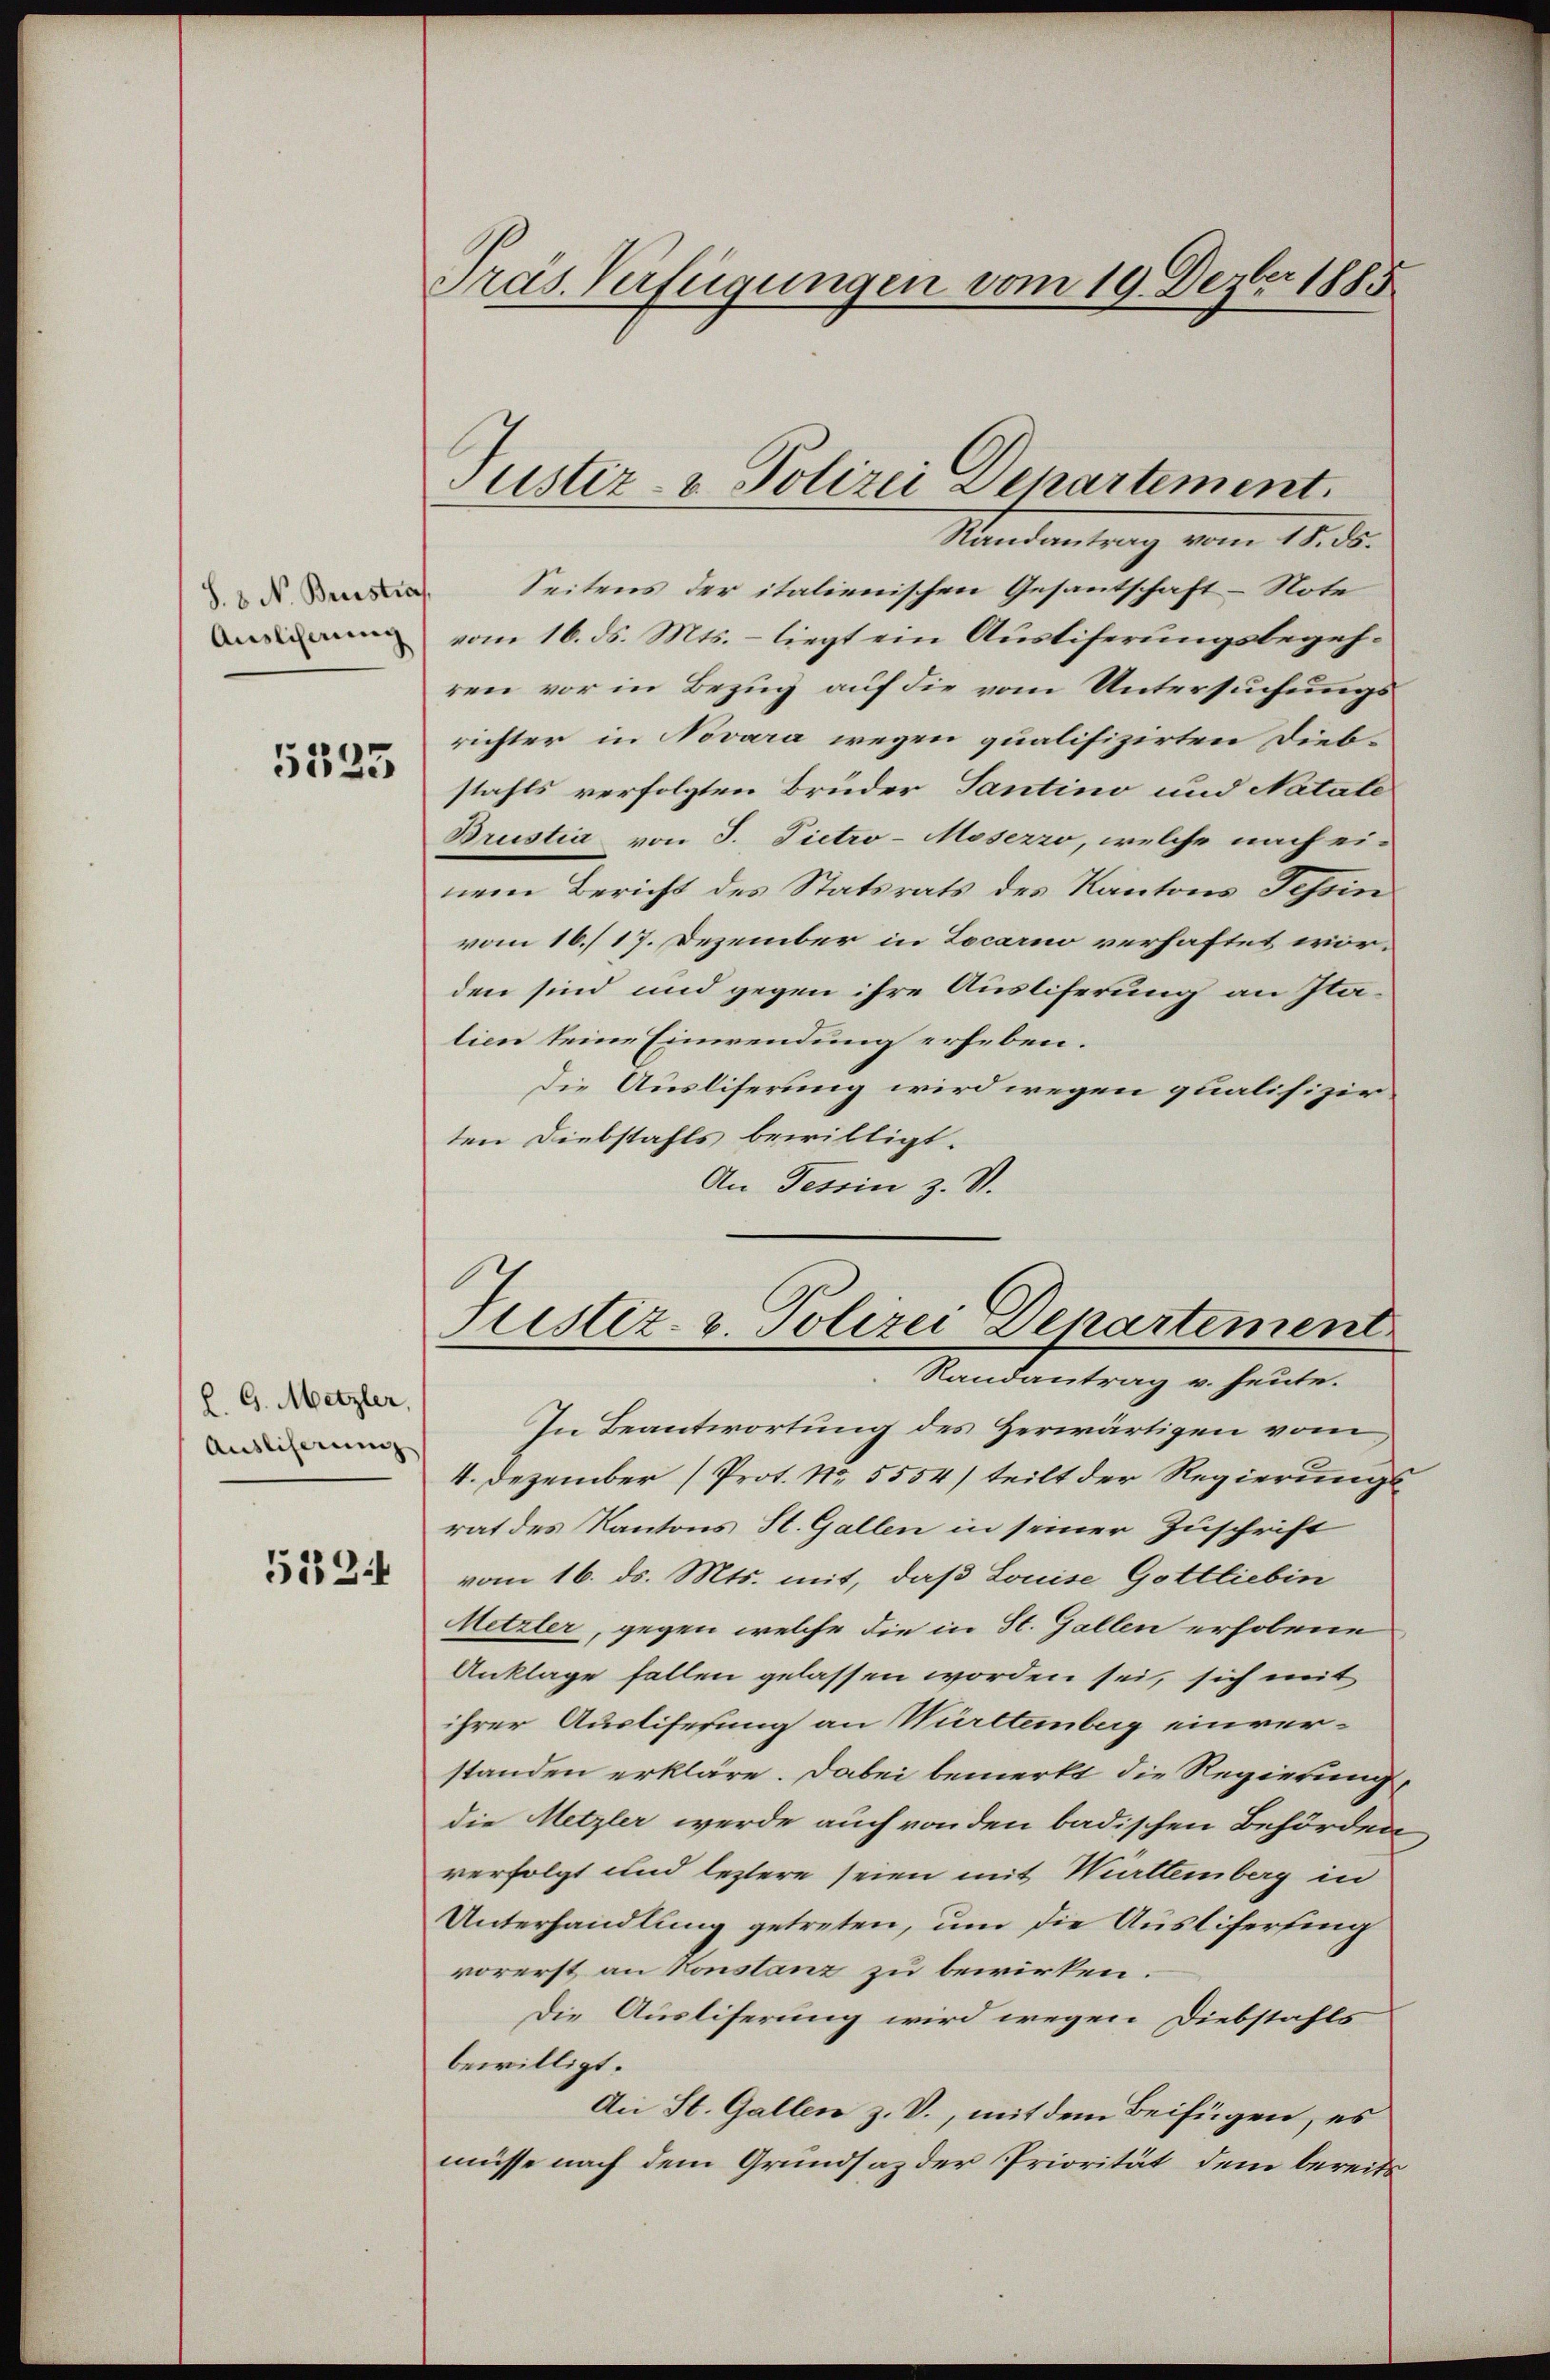
S. 8. N. Brustra
Auslicherum

5335

h. G. Metzler,
Ausliserung

522

Pras. Verfügungen vom 19. Dezbr 1885

Justiz- & Polizei Departement.

Randantrag vom 18. ds.
Seitens der italienischen Gesantschaft-Note
vom 16. ds. Mts. – liegt ein Austiferungsbegehren vor in Bezug auf die vom Untersuchungsrichter in Novara wegen qualifizirten Dieb-
stahls verfolgten Brüder Santino und Natale
Brustia von J. Pietro-Mosezzo, welche nach ei-
nem Bericht des Statsrats des Kantons Tessin
vom 16./ 17. Dezember in Locarno verhaftet worden sind und gegen ihre Ausliferung an Itation seine Einwendung erheben.
Die Ausliserung wird wegen qualifizir
ten Diebstahls bewilligt.
An Tessin z. S.

Justiz- u. Polizei Departement
Randantrag v. heute.

In Beantwortung des Herwärtigen vom
4. Dezember (Prot. No. 5554) teilt der Regierungsrat des Kantons St. Gallen in seiner Zuschrift
vom 16. ds. Mts. mit, daß Louise Gottliebin
Metzler, gegen welche die in St. Gallen erholene
Anklage fallen gelassen worden sei, sich mit
ihrer Ausliferung an Württemberg einver-
standen erkläre. Dabei bemerkt die Regierung
die Metzler werde auch von den badischen Behörden
verfolgt und leztere seien mit Württemberg in
Unterhandlung getreten, um die Auslifersing
vorerst an Konstanz zu bewirken.
Die Auslieferung wird wegen Diebstahls
bewilligt.
An St. Gallen z. V., mit dem Beifügen, es
müsse nach dem Grundsaz der Priorität dem bereits